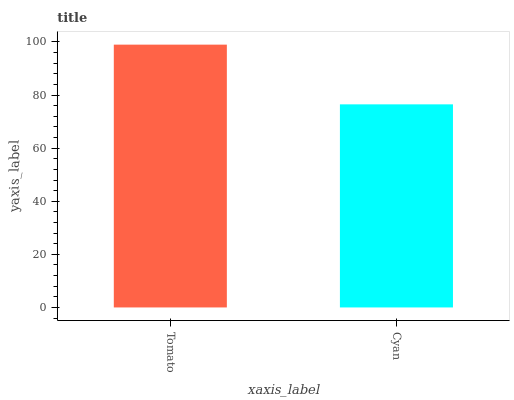
| xaxis_label | bars |
 | --- | --- |
 | Tomato | 99 |
 | Cyan | 76.5 |